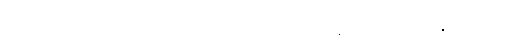
ဈေးဝယ်စင်တာကို မြေအောက်ရထားနဲ့ သွားလို့ရနိုင်မလား။